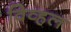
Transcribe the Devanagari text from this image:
विव्हल